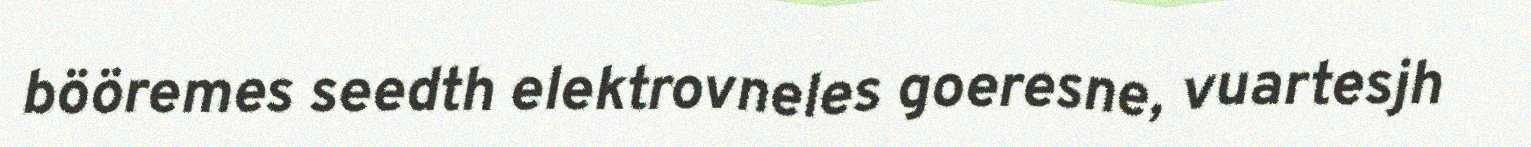
bööremes seedth elektrovneles goeresne, vuartesjh